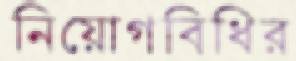
নিয়োগবিধির